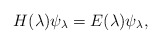
\begin{align*} H(\lambda) \psi_\lambda = E(\lambda) \psi_\lambda , \end{align*}